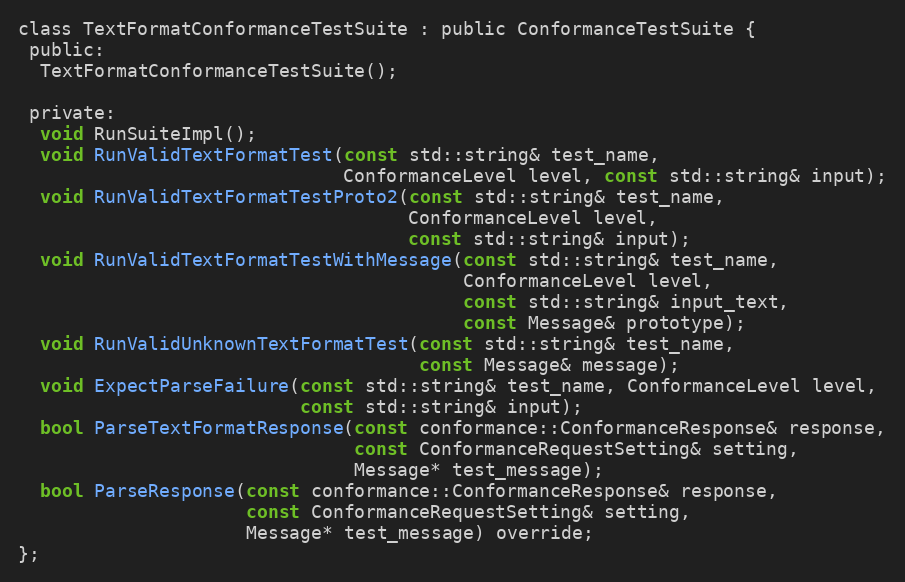
Language: C
class TextFormatConformanceTestSuite : public ConformanceTestSuite {
 public:
  TextFormatConformanceTestSuite();

 private:
  void RunSuiteImpl();
  void RunValidTextFormatTest(const std::string& test_name,
                              ConformanceLevel level, const std::string& input);
  void RunValidTextFormatTestProto2(const std::string& test_name,
                                    ConformanceLevel level,
                                    const std::string& input);
  void RunValidTextFormatTestWithMessage(const std::string& test_name,
                                         ConformanceLevel level,
                                         const std::string& input_text,
                                         const Message& prototype);
  void RunValidUnknownTextFormatTest(const std::string& test_name,
                                     const Message& message);
  void ExpectParseFailure(const std::string& test_name, ConformanceLevel level,
                          const std::string& input);
  bool ParseTextFormatResponse(const conformance::ConformanceResponse& response,
                               const ConformanceRequestSetting& setting,
                               Message* test_message);
  bool ParseResponse(const conformance::ConformanceResponse& response,
                     const ConformanceRequestSetting& setting,
                     Message* test_message) override;
};